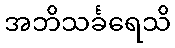
အဘိသင်္ခရေသိ